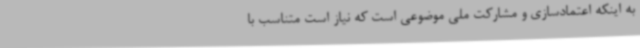
به اینکه اعتمادسازی و مشارکت ملی موضوعی است که نیاز است متناسب با